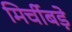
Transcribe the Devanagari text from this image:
मिर्चीबड़े